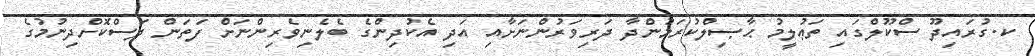
ކ.ގުރައިދޫ ސްކޫލްގައި ތަޢުލީމު ޙާޞިލްކުރަމުންދާ ދަރިވަރުންނަށާއި އަދި އެކުދިންގެ ބެލެނިވެރިންނަށް ފަތަން ދަސްކޮށްދިނުމުގެ